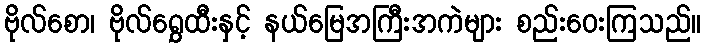
ဗိုလ်စော၊ ဗိုလ်ရွှေထီးနှင့် နယ်မြေအကြီးအကဲများ စည်းဝေးကြသည်။